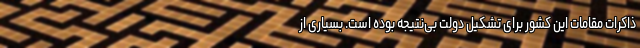
ذاکرات مقامات این کشور برای تشکیل دولت بی‌نتیجه بوده است. بسیاری از